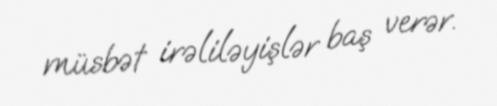
müsbət irəliləyişlər baş verər.